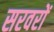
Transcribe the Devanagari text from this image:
सरवरों